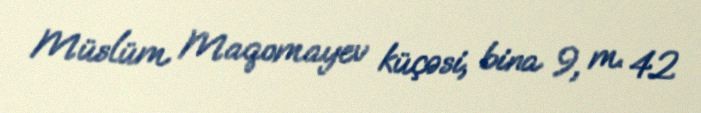
Müslüm Maqomayev küçəsi, bina 9, m. 42